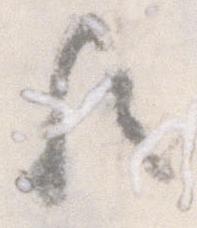
歟